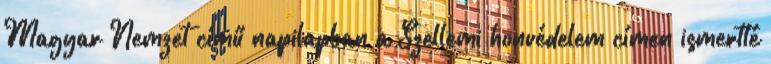
Magyar Nemzet című napilapban a Szellemi honvédelem címen ismertté